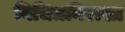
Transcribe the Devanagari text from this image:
विचित्रनिराशा